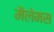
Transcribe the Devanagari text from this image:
मैलेमस